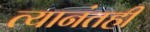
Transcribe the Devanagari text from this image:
त्यानंतही